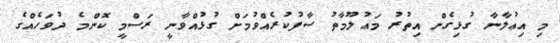
މި އިޢުލާނާ ގުޅިގެން އިތުރު މަޢުލޫމާތު ސާފުކުރެއްވުމަށް ގުޅުއްވާނީ ރަސްމީ ކޮންމެ ދުވަހެއްގެ